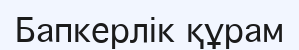
Бапкерлік құрам